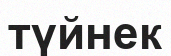
түйнек